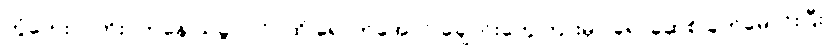
တွံတေးဝ၊ တိုးဝကနေ သခွပ်ပင်ဝထိ ရောက်အောင် ချောင်းတွေကြားမှာ ခဲရာခဲဆစ် ခုတ်မောင်းပြီး